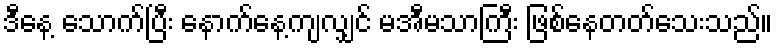
ဒီနေ့ သောက်ပြီး နောက်နေ့ကျလျှင် မအီမသာကြီး ဖြစ်နေတတ်သေးသည်။